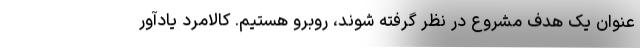
عنوان یک هدف مشروع در نظر گرفته شوند، روبرو هستیم. کالامرد یادآور